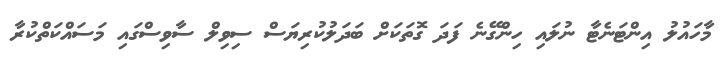
މާހައުލު އިންޓަނެޓާ ނުލައި ހިންގޭނެ ފަދަ ގޮތަކަށް ބަދަލުކުރިޔަސް ސިވިލް ސާވިސްގައި މަސައްކަތްކުރާ